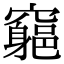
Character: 𥨪